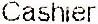
CASHIER